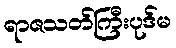
ရာဇသတ်ကြီးပုဒ်မ